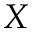
X